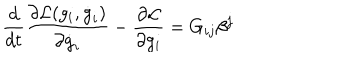
{ \frac { d } { d t } } { \frac { \partial { \cal L } ( g _ { i } , \dot { g } _ { i } ) } { \partial \dot { g } _ { i } } } - { \frac { \partial { \cal L } } { \partial g _ { i } } } = G _ { i j } \beta ^ { j }